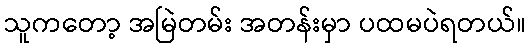
သူကတော့ အမြဲတမ်း အတန်းမှာ ပထမပဲရတယ်။